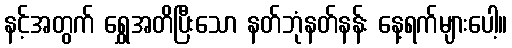
နင့်အတွက် ရွှေအတိပြီးသော နတ်ဘုံနတ်နန်း နေ့ရက်များပေါ့။